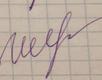
Signature authenticity: genuine